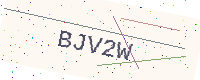
Text: BJV2W